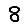
Digit: 8